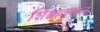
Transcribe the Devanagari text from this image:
शिश्नावरून